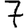
Digit: 7